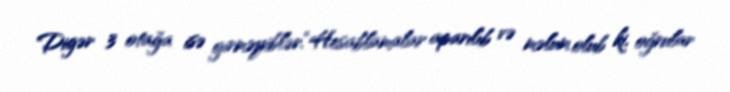
Digər 3 otağa isə girməyiblər.“Hesablamalar aparılıb və məlum olub ki, oğrular